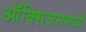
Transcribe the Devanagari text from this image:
ऑक्सिजनमध्ये